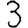
Digit: 3